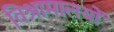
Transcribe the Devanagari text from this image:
विश्रामालयों